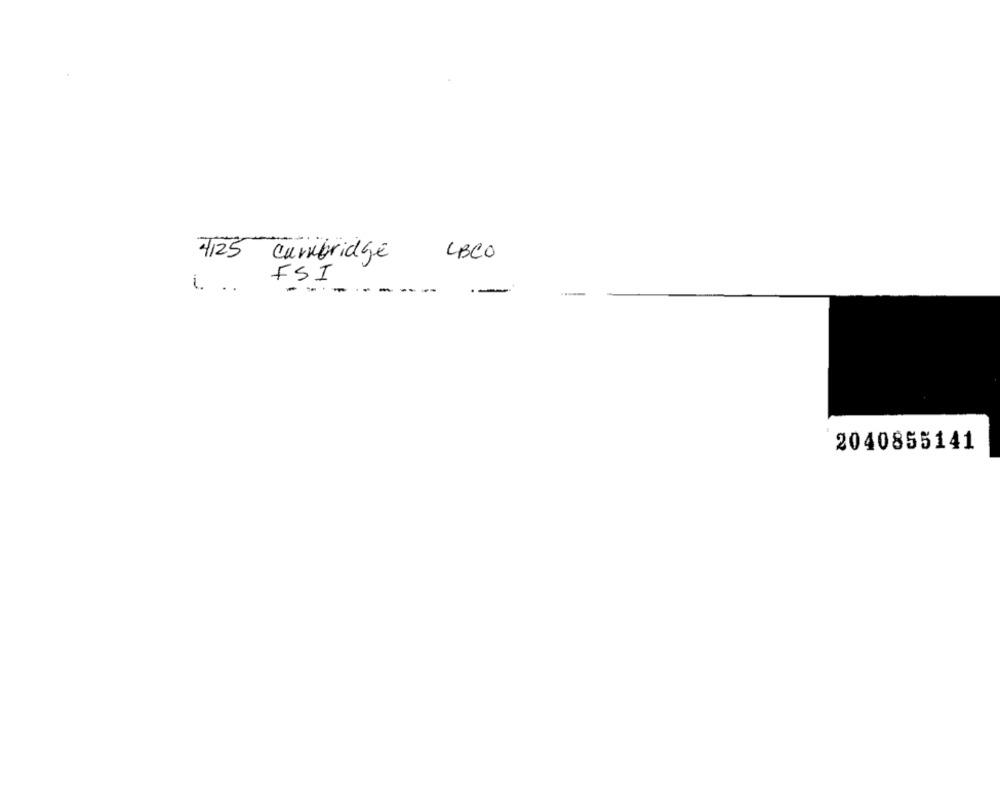
4125 Cambridge
LBCO
FSI
.. ..
-
----
2040855141